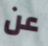
عن